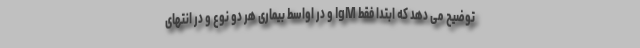
توضیح می دهد که ابتدا فقط IgM و در اواسط بیماری هر دو نوع و در انتهای